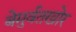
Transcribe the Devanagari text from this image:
बेमुर्वतखोर